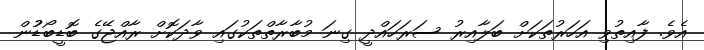
އެވެ. ފާއިތުވި އަހަރުތަކަށް ބަލާއިރު ސަރަހައްދީ ގިނަ މުބާރާތްތަކުގައި ވާދަކޮށް ރާއްޖޭގެ ބޮޑީބޯޑުުން